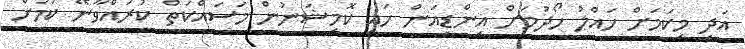
އަދި މިކަމަށް ހައްލު ހޯދުމަށް އިންޑިއަން ހައި ކޮމިޝަނުން މަސައްކަތް ކުރައްވާނޭ ކަމަށް